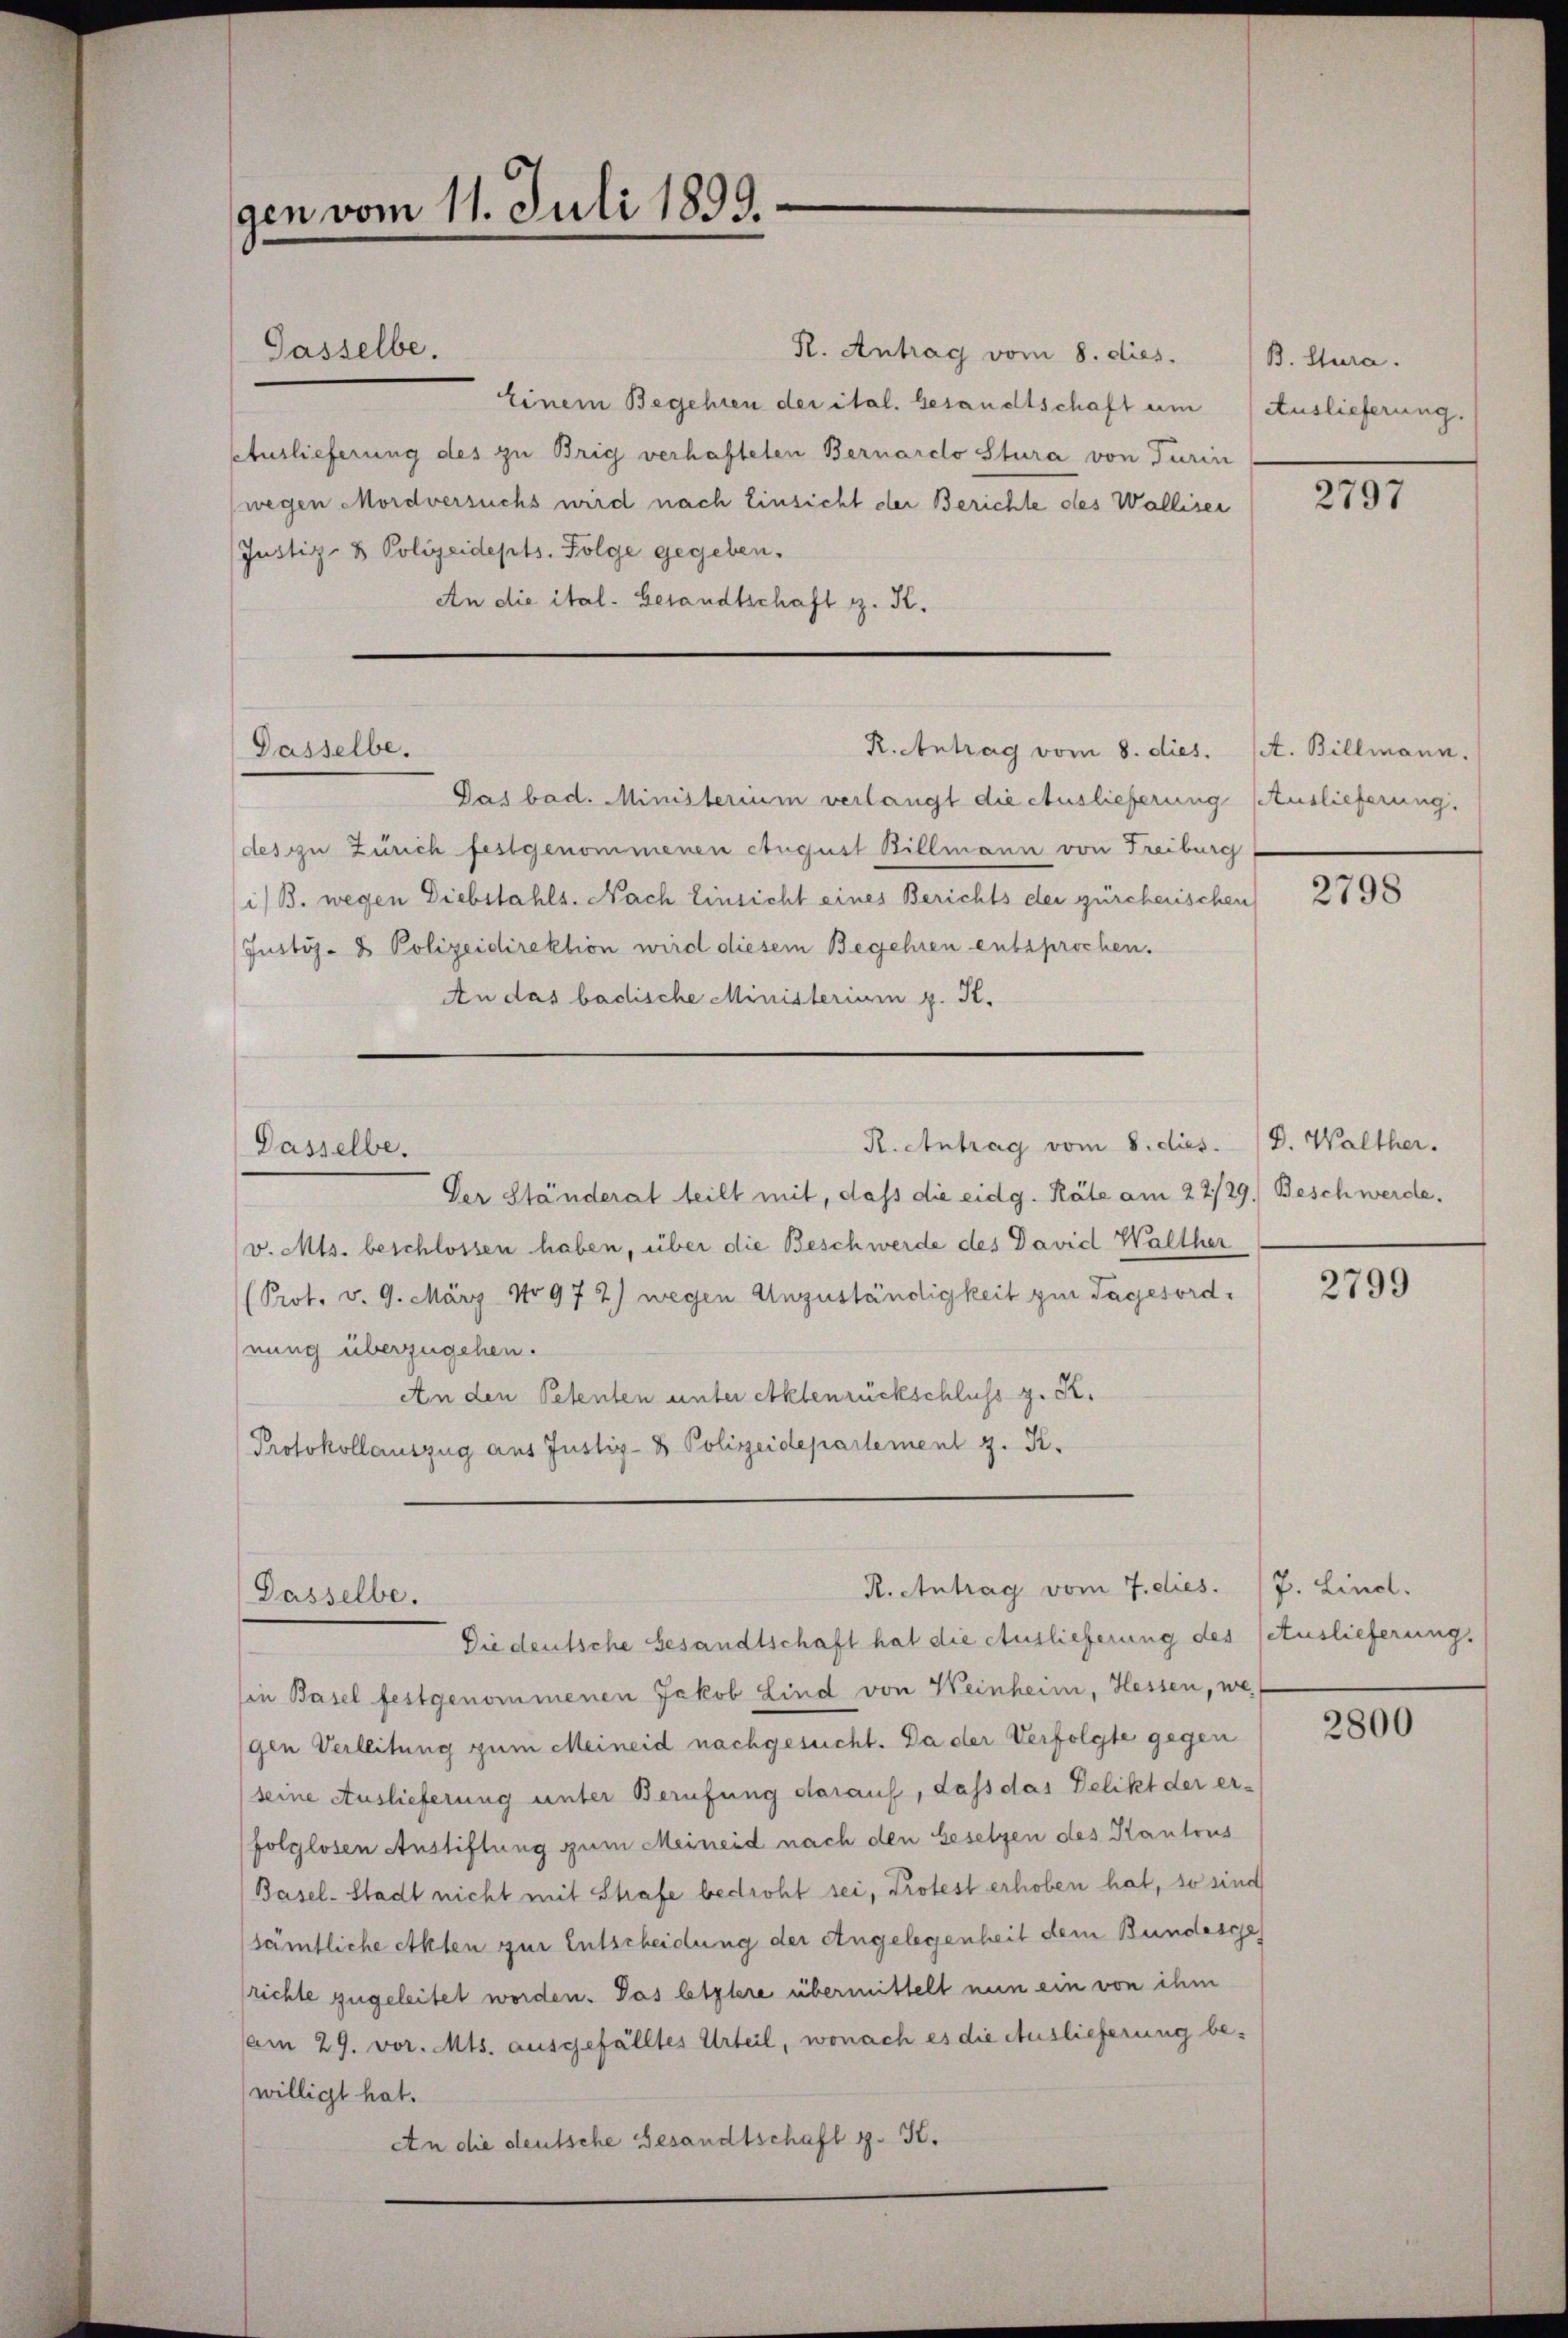
gen vom 11. Juli 1899.

R. Antrag vom 8. dies.
Einem Begehren der ital. besandtschaft um (Auslieferung.
ctuslieferung des zu Brig verhafteten Bernardo Stura von Turin
(wegen Mordversuchs wird nach Einsicht der Berichte des Wallisei
(Justiz- & Polizeidepts. Folge gegeben.
An die ital- Gesandtschaft z. K.

Gasselbe.

R. Antrag vom 8. dies.
Dasselbe.

Gas bad. Ministerium verlangt die Auslieferung Auslieferung.
(des zu Zürich festgenommenen August Billmann von Freiburg
i/B. wegen Diebstahls. Nach Einsicht eines Berichts der gürcherischen
Justiz- & Polizeidirektion wird diesem Begehren entsprochen.
An das badische Ministerium z. R.
Der Ständerat teilt mit, daß die eidg. Räte am 22/29. Beschwerde.
v. Mts. beschlossen haben, über die Beschwerde des David Walther
(Prot. v. 9. März No 97 2) wegen Anzuständigkeit zur Tagesordnung überzugehen.
An den Petenten unter Aktenrückschluss z. R.
Protokollauszug aus Justiz- & Polizeidepartement z. K.

Dasselbe.

R. Antrag vom 8. dies. D. Walther.

R. Antrag vom 7. dies. /7. Lind.
Dasselbe.

Die deutsche Gesandtschaft hat die Auslieferung des Getuslieferung.
in Basel festgenommenen Jakob Lind von Weinheim, Hessen, we
gen Verleitung zum Meineid nachgesucht. Da der Verfolgte gegen
(seine Auslieferung unter Berufung darauf, dass das Delikt der er-
folglosen Austiftung zum Meineid nach den Gesetzen des Kantons
Basel-Stadt nicht mit Strafe bedroht sei, Protest erhoben hat, so sind
sämtliche Akten zur Entscheidung der Angelegenheit dem Bundesges
richte zugeleitet worden. Das letztere übermittelt nun ein von ihm
am 29. vor. Mts. ausgefälltes Urteil, wonach es die Auslieferung be¬
(willigt hat.
An die deutsche Gesandtschaft z. K.

B. Stura.

2797

At. Billmann.

2798

2799

2800